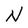
Character: N